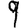
Digit: 9